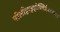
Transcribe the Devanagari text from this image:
पॉलीहाइड्रोक्सिहेक्सानोट